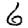
Digit: 6